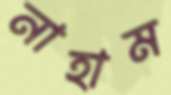
নাহাম